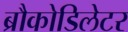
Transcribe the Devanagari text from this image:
ब्रौकोडिलेटर